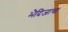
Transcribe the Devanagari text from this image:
भैदिजाचा